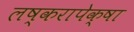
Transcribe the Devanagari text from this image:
लष्करापेक्षा